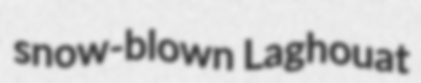
snow-blown Laghouat